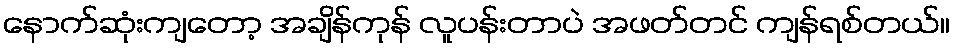
နောက်ဆုံးကျတော့ အချိန်ကုန် လူပန်းတာပဲ အဖတ်တင် ကျန်ရစ်တယ်။